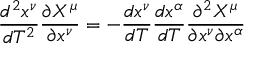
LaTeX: { \frac { d ^ { 2 } x ^ { \nu } } { d T ^ { 2 } } } { \frac { \partial X ^ { \mu } } { \partial x ^ { \nu } } } = - { \frac { d x ^ { \nu } } { d T } } { \frac { d x ^ { \alpha } } { d T } } { \frac { \partial ^ { 2 } X ^ { \mu } } { \partial x ^ { \nu } \partial x ^ { \alpha } } }